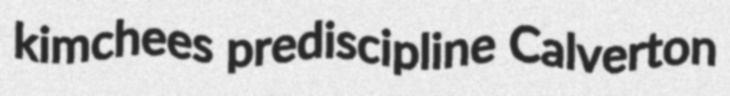
kimchees prediscipline Calverton